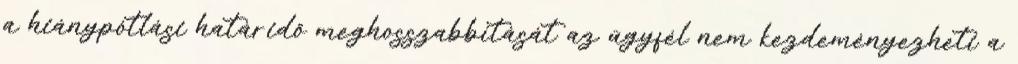
a hiánypótlási határidő meghosszabbítását az ügyfél nem kezdeményezheti a